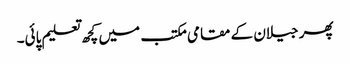
پھر جیلان کے مقامی مکتب میں کچھ تعلیم پائی۔